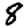
Digit: 8